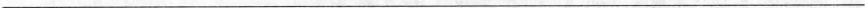
___